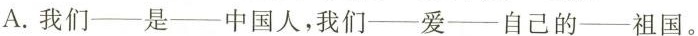
A.我们——是——中国人，我们——爱——自己的——祖国。